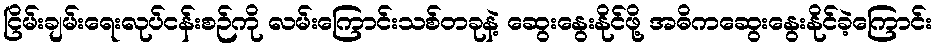
ငြိမ်းချမ်းရေးလုပ်ငန်းစဉ်ကို လမ်းကြောင်းသစ်တခုနဲ့ ဆွေးနွေးနိုင်ဖို့ အဓိကဆွေးနွေးနိုင်ခဲ့ကြောင်း